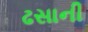
ઢસાની